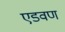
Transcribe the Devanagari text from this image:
एडवण